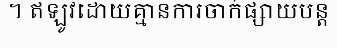
។ ឥឡូវដោយគ្មានការចាក់ផ្សាយបន្ត